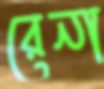
রেনা